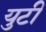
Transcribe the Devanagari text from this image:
युटी